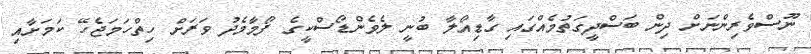
ނޫސްވެރިންނަށް ދިން ބަސްދީގަތުމެއްގައި ގާޑިއޯލާ ބުނީ ލެވެންޑޯސްކީގެ ފޯމާމެދު ވަރަށް ހިތްހަމަޖެހޭ ކަމަށާއި